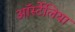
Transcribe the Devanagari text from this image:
ऑर्स्टेलिया